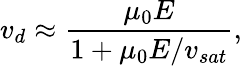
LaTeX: v_{d}\approx\frac{\mu_{0}E}{1+\mu_{0}E/v_{sat}},